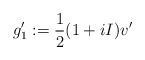
\begin{align*}g_1':=\frac{1}{2}(1+iI)v'\end{align*}